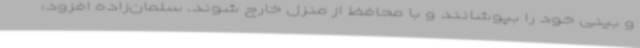
و بینی خود را بپوشانند و با محافظ از منزل خارج شوند. سلمان‌زاده افزود: